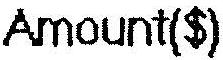
AMOUNT($)